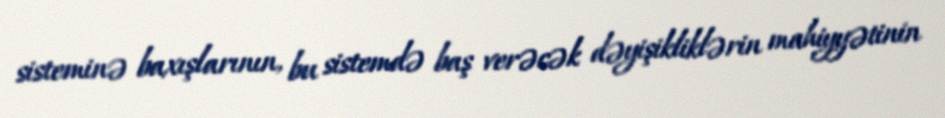
sisteminə baxışlarının, bu sistemdə baş verəcək dəyişikliklərin mahiyyətinin